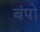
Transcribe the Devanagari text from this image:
बंपो